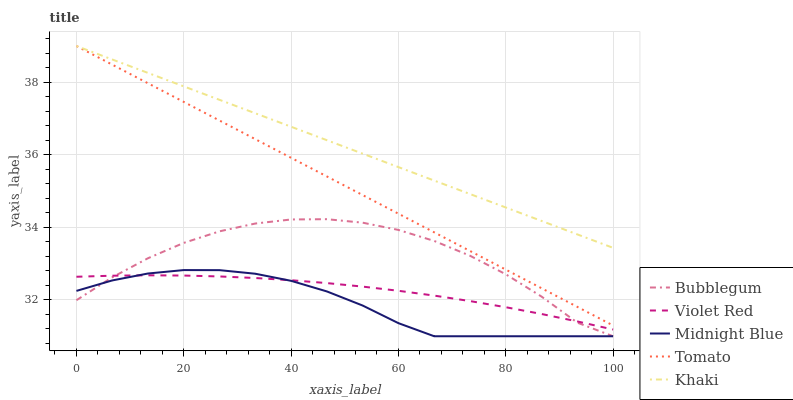
| xaxis_label | Bubblegum | Violet Red | Midnight Blue | Tomato | Khaki |
 | --- | --- | --- | --- | --- | --- |
 | 0 | 32 | 32.6 | 32.3 | 39 | 39 |
 | 6.67 | 32.6 | 32.7 | 32.5 | 38.5 | 38.6 |
 | 13.3 | 33.2 | 32.7 | 32.7 | 38 | 38.3 |
 | 20 | 33.6 | 32.7 | 32.8 | 37.5 | 37.9 |
 | 26.7 | 33.9 | 32.6 | 32.8 | 36.9 | 37.5 |
 | 33.3 | 34.1 | 32.6 | 32.7 | 36.4 | 37.1 |
 | 40 | 34.2 | 32.5 | 32.5 | 35.9 | 36.8 |
 | 46.7 | 34.2 | 32.5 | 32.2 | 35.4 | 36.4 |
 | 53.3 | 34.1 | 32.4 | 31.8 | 34.9 | 36 |
 | 60 | 33.9 | 32.3 | 31.4 | 34.4 | 35.7 |
 | 66.7 | 33.6 | 32.1 | 31 | 33.9 | 35.3 |
 | 73.3 | 33.2 | 32 | 31 | 33.4 | 34.9 |
 | 80 | 32.7 | 31.8 | 31 | 32.8 | 34.5 |
 | 86.7 | 32.1 | 31.6 | 31 | 32.3 | 34.2 |
 | 93.3 | 31.4 | 31.4 | 31 | 31.8 | 33.8 |
 | 100 | 31 | 31.2 | 31 | 31.3 | 33.4 |